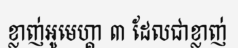
ខ្លាញ់អូមេហ្គា ៣ ដែលជាខ្លាញ់